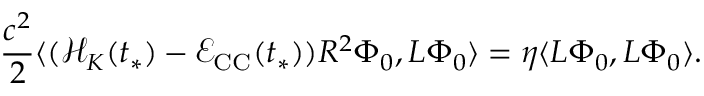
\frac { c ^ { 2 } } { 2 } \langle ( \mathcal { H } _ { K } ( t _ { * } ) - \mathcal { E } _ { \mathrm { C C } } ( t _ { * } ) ) R ^ { 2 } \Phi _ { 0 } , L \Phi _ { 0 } \rangle = \eta \langle L \Phi _ { 0 } , L \Phi _ { 0 } \rangle .